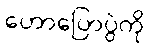
ဟောပြောပွဲကို